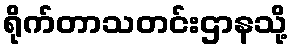
ရိုက်တာသတင်းဌာနသို့